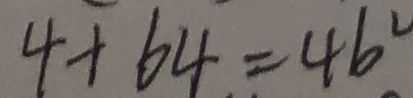
4 + 6 4 = 4 b ^ { 2 }